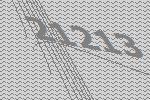
21213